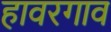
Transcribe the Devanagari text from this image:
हावरगाव